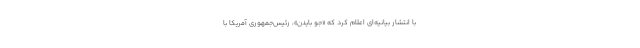
با انتشار بیانیه‌ای اعلام کرد که «جو بایدن»، رئیس‌جمهوری آمریکا با